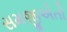
સમજીએતો